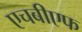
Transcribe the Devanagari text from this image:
एचबीएफ